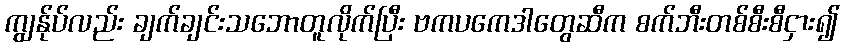
ကျွန်ုပ်လည်း ချက်ချင်းသဘောတူလိုက်ပြီး ဗကပကေဒါတွေဆီက စက်ဘီးတစ်စီးစီငှား၍